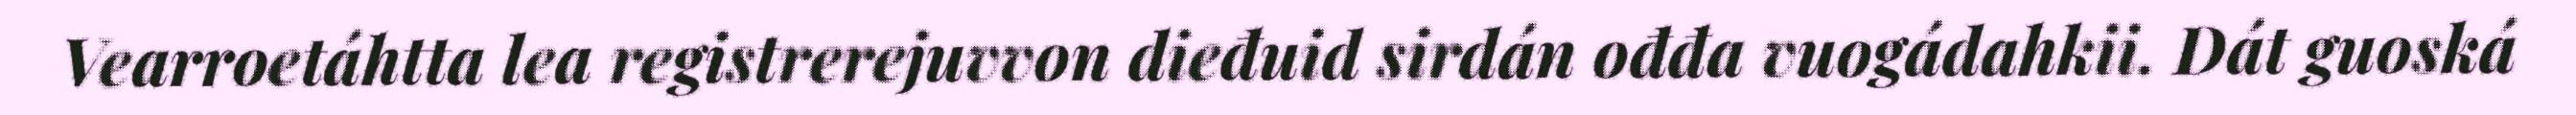
Vearroetáhtta lea registrerejuvvon dieđuid sirdán ođđa vuogádahkii. Dát guoská